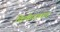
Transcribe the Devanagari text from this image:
क्रिकेटचाच